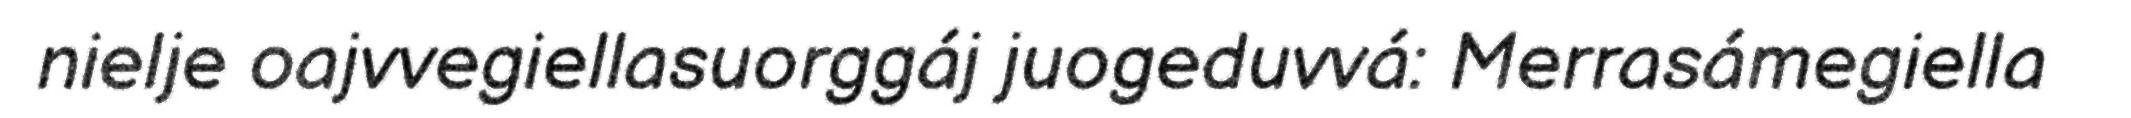
nielje oajvvegiellasuorggáj juogeduvvá: Merrasámegiella